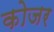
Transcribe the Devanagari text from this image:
कोजर